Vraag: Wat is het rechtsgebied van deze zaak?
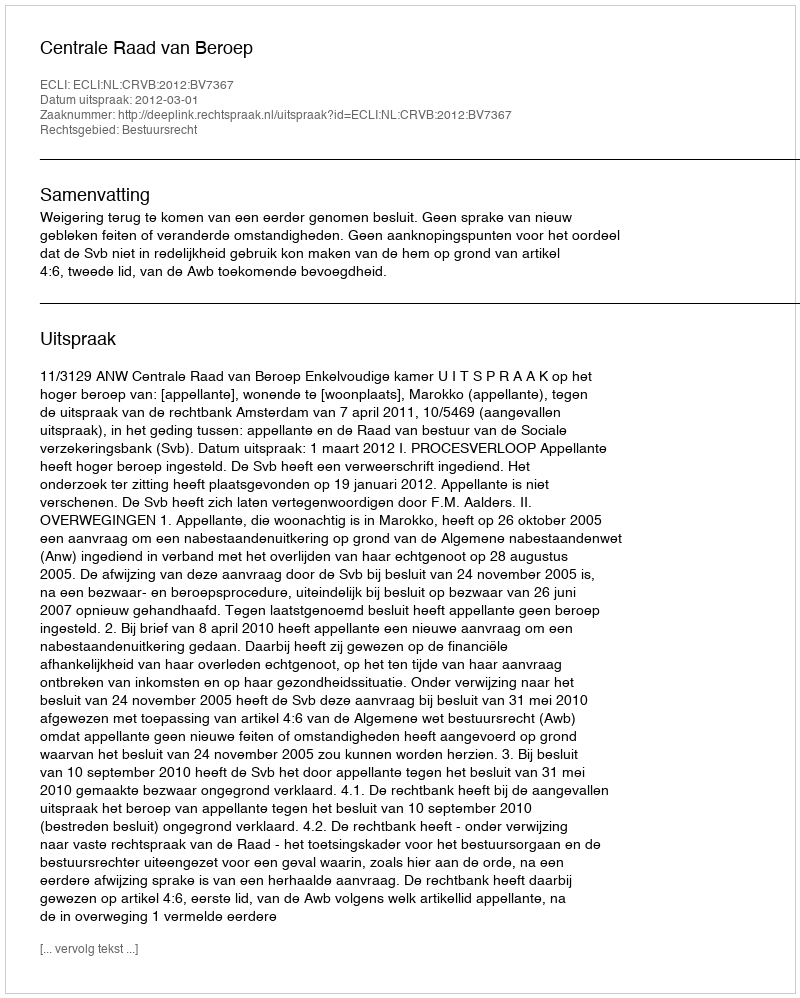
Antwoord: Bestuursrecht